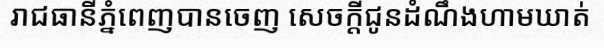
រាជធានីភ្នំពេញបានចេញ សេចក្តីជូនដំណឹងហាមឃាត់